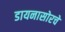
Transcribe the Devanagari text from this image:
डायनासोरचे